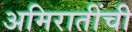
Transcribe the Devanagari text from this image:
अमिरातींची